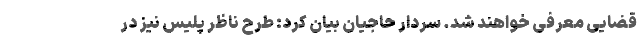
قضایی معرفی خواهند شد. سردار حاجیان بیان کرد: طرح ناظر پلیس نیز در